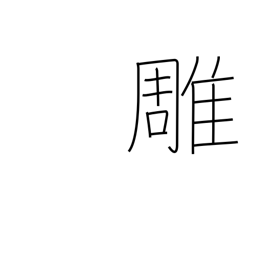
Meaning: carving